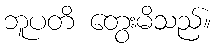
ဘူပတိ တွေးမိသည်။